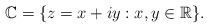
\begin{align*}\mathbb{C}=\{z=x+iy:x,y\in\mathbb{R}\}.\end{align*}